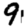
Digit: 9